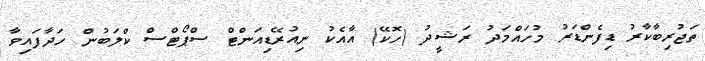
ތަޖުރިބާކާރު ޑިފެންޑަރު މުހައްމަދު ރަޝީދު (ހޮކޭ) އާއެކު ނިއުރޭޑިއަންޓް ސްޕޯޓްސް ކްލަބުން ހަދާފައިވާ